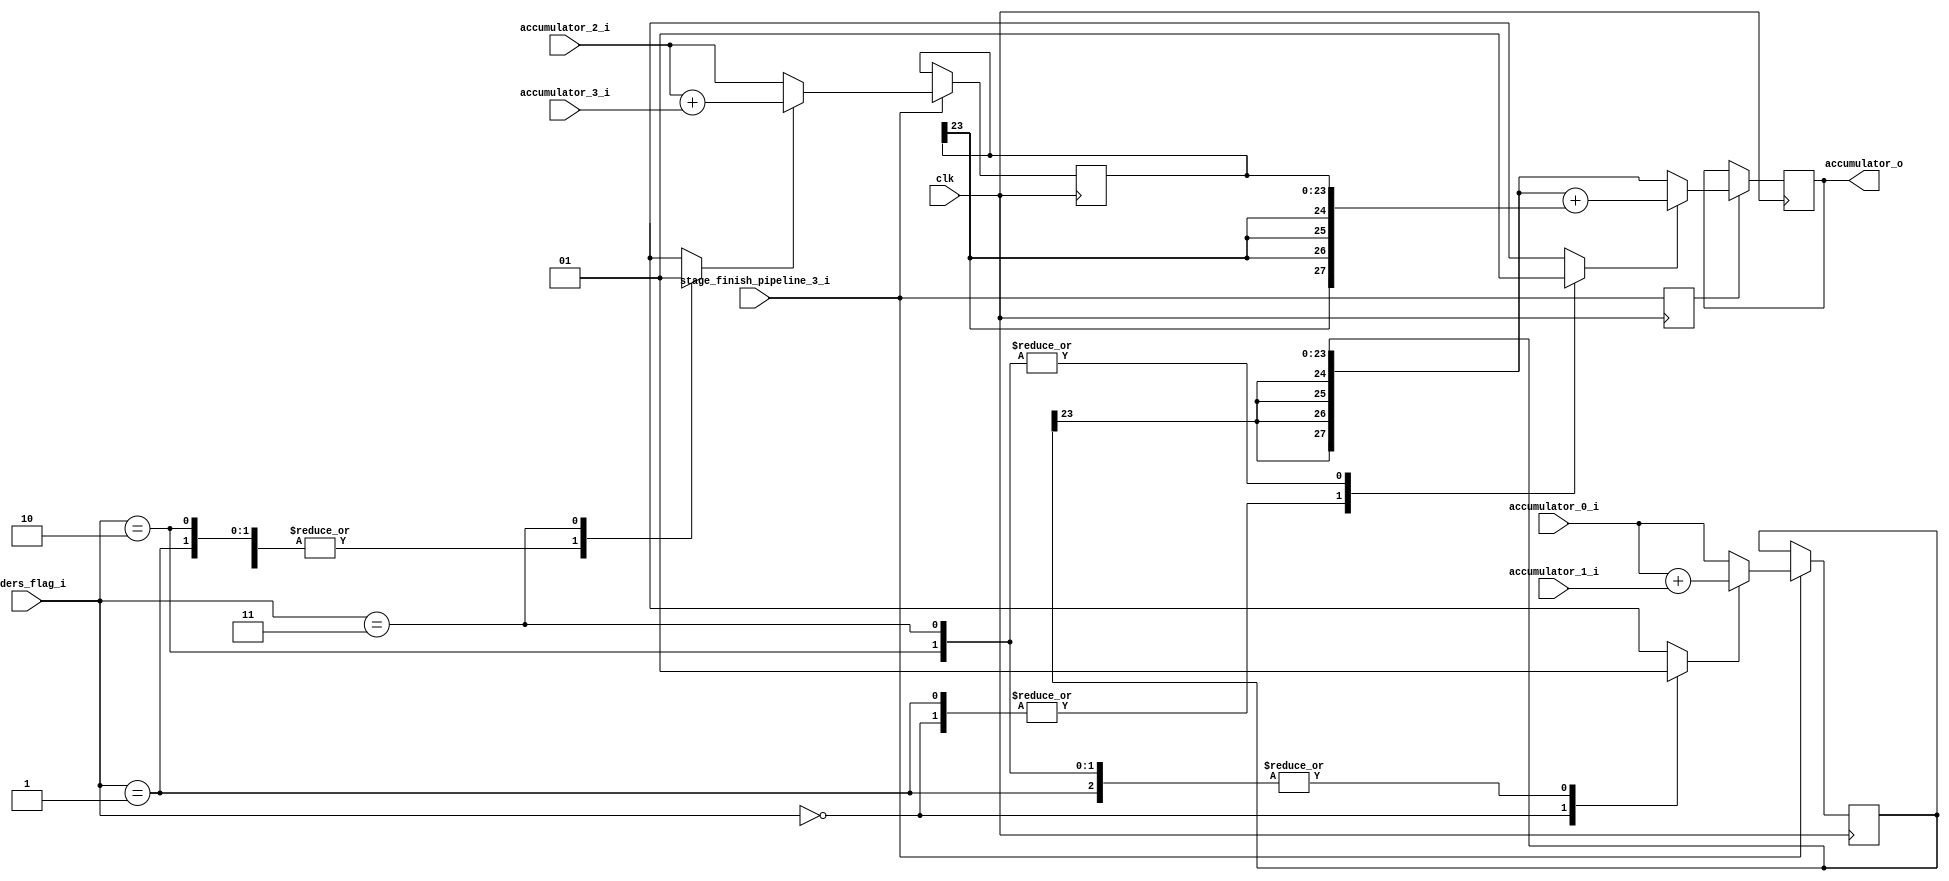
// Company           :   tud
//
// Project Name      :   sa_wubinyi
// Subproject Name   :   cnn_accelerator
// Description       :   <short description>
//
// Last Change       :   $Date$
// by                :   $Author$
//------------------------------------------------------------
module quad_accumulator_adder(
	clk,
	adders_flag_i,
	stage_finish_pipeline_3_i,
	accumulator_0_i,
	accumulator_1_i,
	accumulator_2_i,
	accumulator_3_i,
	accumulator_o
	);

parameter ACCUMULATOR_BIT_WIDTH  = 16+6+2;      // bit-width of output register: sum of 36 number,increase bit-width with 6-bits, total 16+6; 22-->24
parameter TEMP_BIT_WIDTH     = 16+6+2;  // 23-->24
parameter OUTPUT_BIT_WIDTH  = 16+6+6;  // 24-->28
parameter INI_OUTPUT        = 28'h0000000;
parameter ADDERS_FLAG_BIT_WIDTH = 2;

input                             clk;
input [ADDERS_FLAG_BIT_WIDTH-1:0] adders_flag_i;
input                             stage_finish_pipeline_3_i;
input [ACCUMULATOR_BIT_WIDTH-1:0] accumulator_0_i;
input [ACCUMULATOR_BIT_WIDTH-1:0] accumulator_1_i;
input [ACCUMULATOR_BIT_WIDTH-1:0] accumulator_2_i;
input [ACCUMULATOR_BIT_WIDTH-1:0] accumulator_3_i;
output reg [OUTPUT_BIT_WIDTH-1:0] accumulator_o;

reg adder_0_flag;
reg adder_1_flag;
reg adder_2_flag;
always @(adders_flag_i) begin
	case(adders_flag_i)
		2'b00: begin
			adder_0_flag = 1'b0;
			adder_1_flag = 1'b0;
			adder_2_flag = 1'b0;
		end
		2'b01: begin
			adder_0_flag = 1'b1;
			adder_1_flag = 1'b0;
			adder_2_flag = 1'b0;
		end
		2'b10: begin
			adder_0_flag = 1'b1;
			adder_1_flag = 1'b0;
			adder_2_flag = 1'b1;		
		end
		2'b11: begin
			adder_0_flag = 1'b1;
			adder_1_flag = 1'b1;
			adder_2_flag = 1'b1;		
		end
	endcase
end

reg [TEMP_BIT_WIDTH-1:0] accumulator_temp_0;
always @(posedge clk) begin
	if (stage_finish_pipeline_3_i) begin
		if (adder_0_flag) begin
			accumulator_temp_0 <= accumulator_0_i + accumulator_1_i;		
		end
		else begin
			accumulator_temp_0 <= accumulator_0_i;
		end		
	end
end

reg [TEMP_BIT_WIDTH-1:0] accumulator_temp_1;
always @(posedge clk) begin
	if (stage_finish_pipeline_3_i) begin
		if (adder_1_flag) begin
			accumulator_temp_1 <= accumulator_2_i + accumulator_3_i;
		end
		else begin
			accumulator_temp_1 <= accumulator_2_i;
		end		
	end
end

reg pipeline_finish;
always @(posedge clk) begin
	pipeline_finish <= stage_finish_pipeline_3_i;
end
always @(posedge clk) begin
	if (pipeline_finish) begin
		if (adder_2_flag) begin
			accumulator_o <= {{4{accumulator_temp_0[TEMP_BIT_WIDTH-1]}}, accumulator_temp_0} + 
								{{4{accumulator_temp_1[TEMP_BIT_WIDTH-1]}}, accumulator_temp_1};
		end
		else begin
			accumulator_o <= {{4{accumulator_temp_0[TEMP_BIT_WIDTH-1]}}, accumulator_temp_0};
		end		
	end
end

endmodule